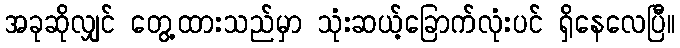
အခုဆိုလျှင် တွေ့ထားသည်မှာ သုံးဆယ့်ခြောက်လုံးပင် ရှိနေလေပြီ။